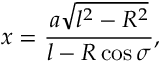
x = \frac { a \sqrt { l ^ { 2 } - R ^ { 2 } } } { l - R \cos \sigma } ,